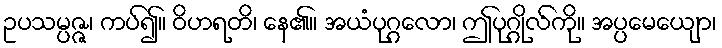
ဥပသမ္ပဇ္ဇ၊ ကပ်၍။ ဝိဟရတိ၊ နေ၏။ အယံပုဂ္ဂလော၊ ဤပုဂ္ဂိုလ်ကို။ အပ္ပမေယျော၊